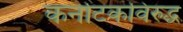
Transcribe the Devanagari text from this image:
कर्नाटकविरुद्ध